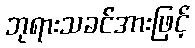
ဘုရားသခင်အားဖြင့်